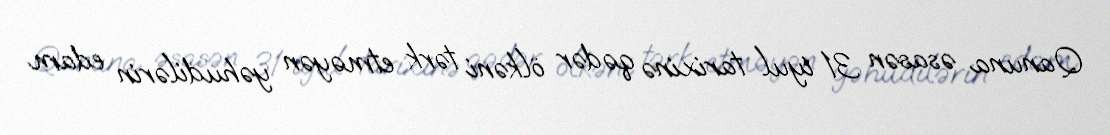
Qanuna əsasən 31 iyul tarixinə qədər ölkəni tərk etməyən yəhudilərin edam